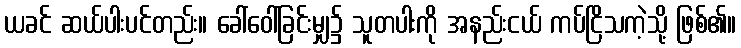
ယခင် ဆယ်ပါးပင်တည်း။ ခေါ်ဝေါ်ခြင်းမျှ၌ သူတပါးကို အနည်းငယ် ကပ်ငြိသကဲ့သို့ ဖြစ်၏။